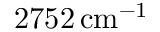
2 7 5 2 \, \mathrm { c m } ^ { - 1 }